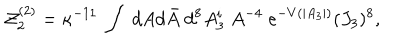
LaTeX: { \cal Z } _ { 2 } ^ { ( 2 ) } = \kappa ^ { - 1 1 } \; \int \; d A d \bar { A } \; d ^ { 8 } A _ { 3 } ^ { i } \; A ^ { - 4 } \; e ^ { - V ( | A _ { 3 } | ) } ( J _ { 3 } ) ^ { 8 } ,